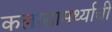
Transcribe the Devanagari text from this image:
कलासामर्थ्याची